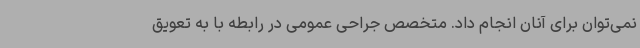
نمی‌توان برای آنان انجام داد. متخصص جراحی عمومی در رابطه با به تعویق